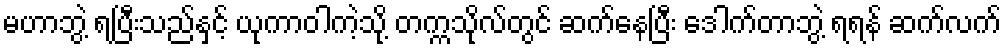
မဟာဘွဲ့ ရပြီးသည်နှင့် ယုကာဝါကဲ့သို့ တက္ကသိုလ်တွင် ဆက်နေပြီး ဒေါက်တာဘွဲ့ ရရန် ဆက်လက်